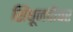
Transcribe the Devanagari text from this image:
सिंधूनदीवर